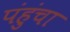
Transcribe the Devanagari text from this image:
पंहुंचा